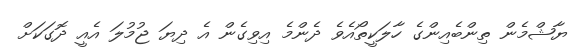
ޔާޝްމެން ތިންބެއިންގެ ހާލަކީތޯއެވެ ދެންމެ އިވިގެން އެ ދިޔަ ޖުމުލަ އެއީ ދޮގަކަށް